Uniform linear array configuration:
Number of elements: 8
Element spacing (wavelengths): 1
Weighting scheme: binomial
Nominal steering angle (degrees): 0
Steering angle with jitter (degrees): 0.9692
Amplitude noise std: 0.05
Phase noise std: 0.05

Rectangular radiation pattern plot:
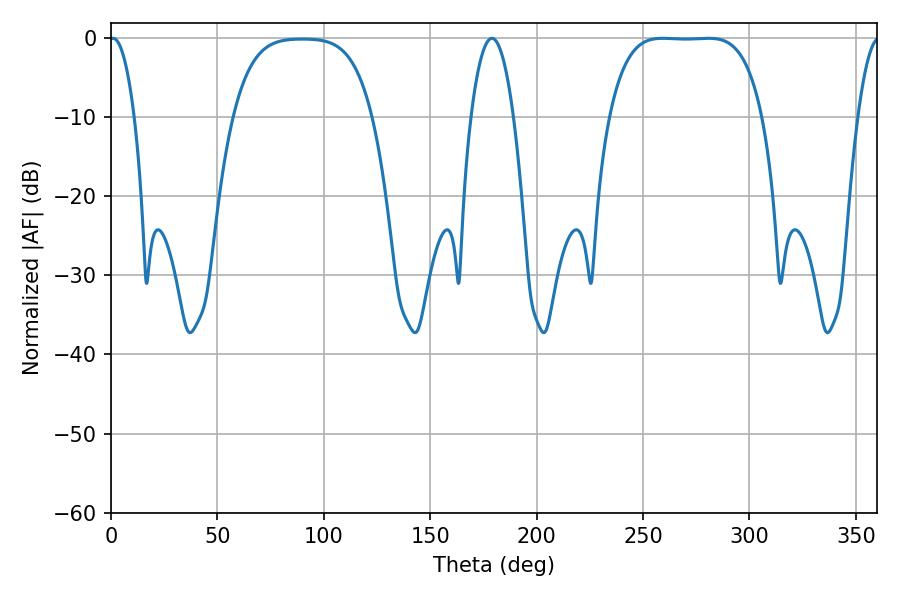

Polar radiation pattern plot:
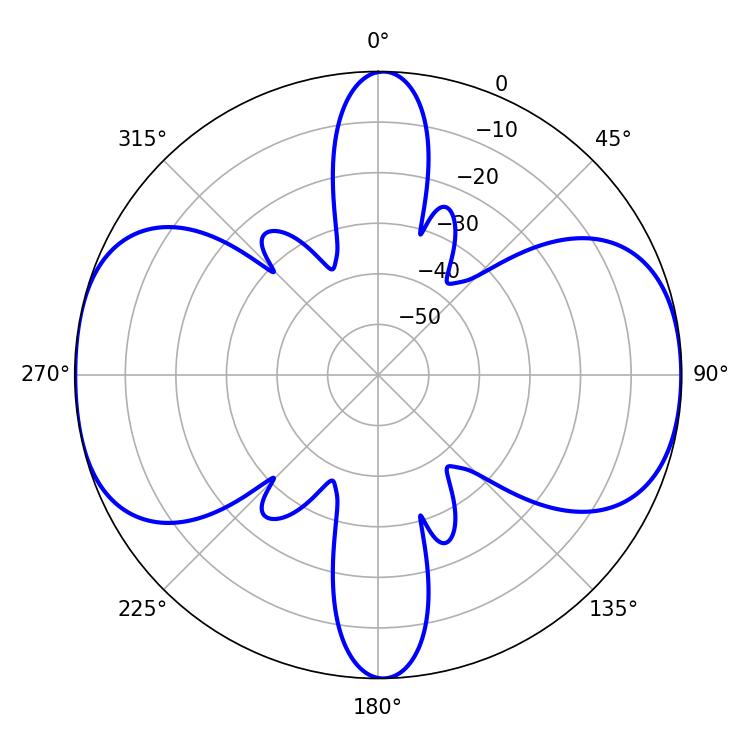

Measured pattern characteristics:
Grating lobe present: TRUE
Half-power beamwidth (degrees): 55.44
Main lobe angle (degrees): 259.2